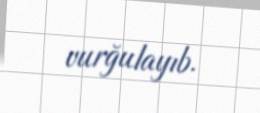
vurğulayıb.